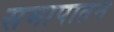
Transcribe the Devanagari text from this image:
समापातन